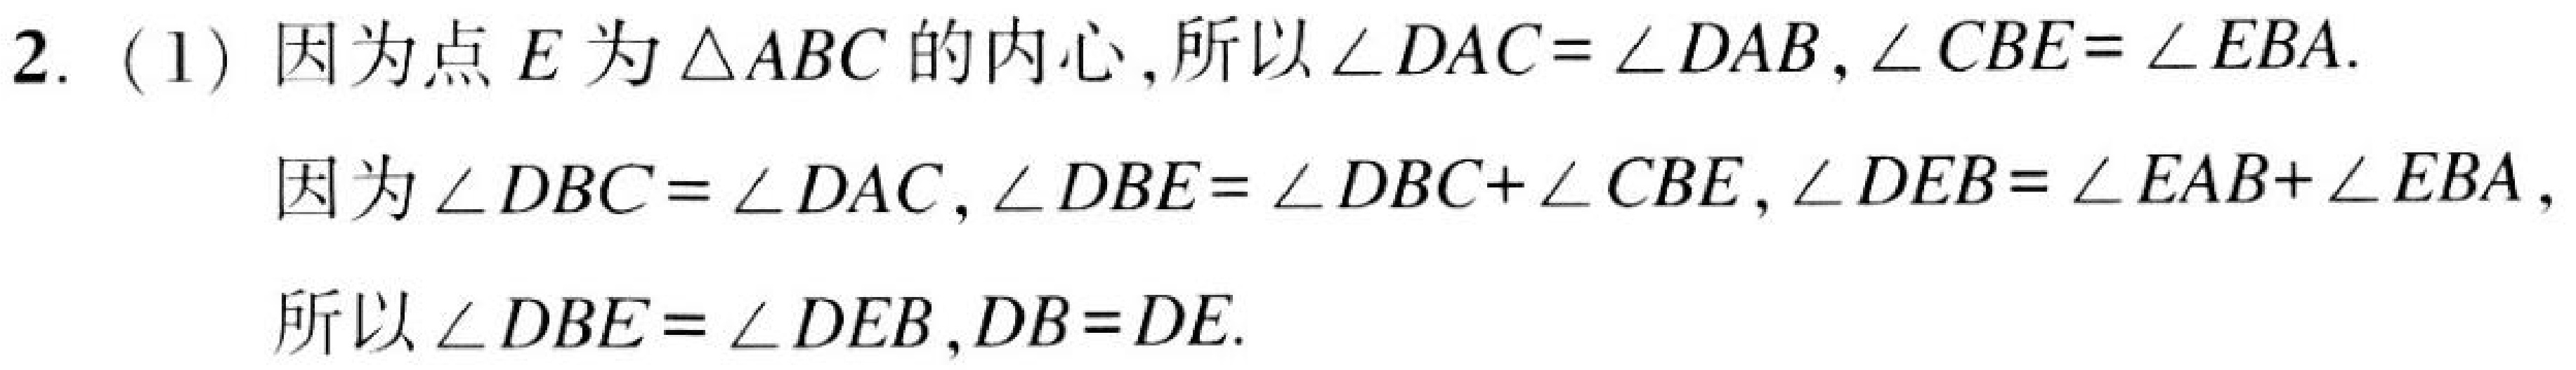
2. (1) 因为点\(E\)为\(\triangle ABC\)的内心,所以\(\angle DAC = \angle DAB,\angle CBE=\angle EBA\).
因为\(\angle DBC = \angle DAC,\angle DBE = \angle DBC+\angle CBE,\angle DEB=\angle EAB+\angle EBA\),
所以\(\angle DBE=\angle DEB,DB = DE\).